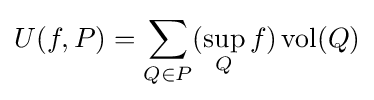
U(f,P)=\sum _{Q\in P}(\sup _{Q}f)\operatorname {vol} (Q)